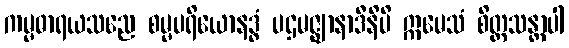
ကမ္မဓာရယသညေ စမ္မပရိယောနဒ္ဓံ ပဌမဇ္ဈာနာဒီနိပိ ဣမေသံ စိတ္တသန္တာပါ